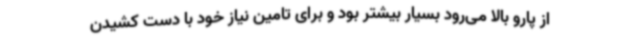
از پارو بالا می‌رود بسیار بیشتر بود و برای تامین نیاز خود با دست کشیدن